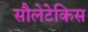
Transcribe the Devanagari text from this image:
सौलेटेकिस